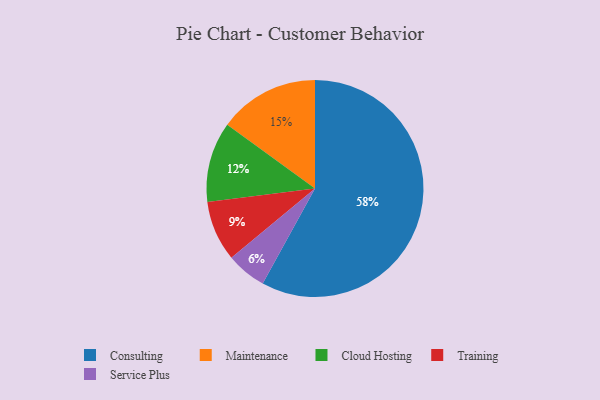
{"axis": {"x": "Category", "y": "Percentage"}, "legend": ["Cloud Hosting", "Consulting", "Maintenance", "Service Plus", "Training"], "data": [{"x": "Consulting", "y": 58, "type": "Consulting"}, {"x": "Service Plus", "y": 6, "type": "Service Plus"}, {"x": "Cloud Hosting", "y": 12, "type": "Cloud Hosting"}, {"x": "Training", "y": 9, "type": "Training"}, {"x": "Maintenance", "y": 15, "type": "Maintenance"}]}